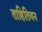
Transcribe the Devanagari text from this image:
ताहितियन